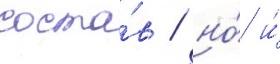
соста́в / но́ и́